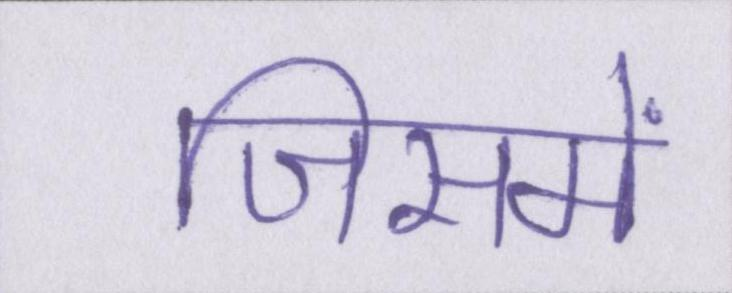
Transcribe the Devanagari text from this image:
जिसमें